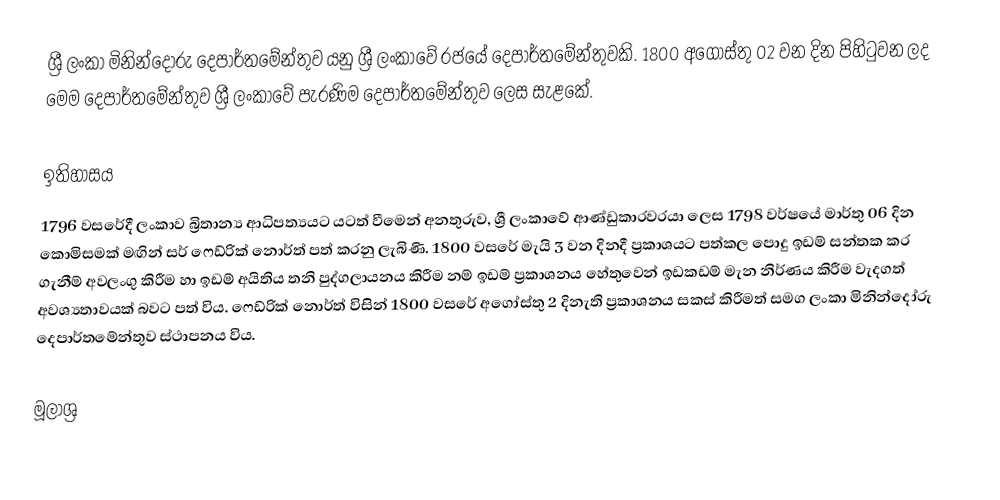
ශ්‍රී ලංකා මිනින්දෝරු දෙපාර්තමේන්තුව යනු ශ්‍රී ලංකාවේ රජයේ දෙපාර්තමේන්තුවකි. 1800 අගෝස්තු 02 වන දින පිහිටුවන ලද මෙම දෙපාර්තමේන්තුව ශ්‍රී ලංකාවේ පැරණිම දෙපාර්තමේන්තුව ලෙස සැළකේ.

ඉතිහාසය
1796 වසරේදී ලංකාව බ්‍රිතාන්‍ය ආධිපත්‍යයට යටත් වීමෙන් අනතුරුව, ශ්‍රී ලංකාවේ ආණ්ඩුකාරවරයා ලෙස 1798 වර්ෂයේ මාර්තු 06 දින කොමිසමක් මඟින් සර් ෆෙඩ්රික් නොර්ත් පත් කරනු ලැබිණි. 1800 වසරේ මැයි 3 වන දිනදී ප්‍රකාශයට පත්කල පොදු ඉඩම් සන්තක කර ගැනීම් අවලංගු කිරීම හා ඉඩම් අයිතිය තනි පුද්ගලායනය කිරීම නම් ඉඩම් ප්‍රකාශනය හේතුවෙන් ඉඩකඩම් මැන නිර්ණය කිරීම වැදගත් අවශ්‍යතාවයක් බවට පත් විය. ෆෙඩ්රික් නොර්ත් විසින් 1800 වසරේ අගෝස්තු 2 දිනැති ප්‍රකාශනය සකස් කිරීමත් සමග ලංකා මිනින්දෝරු දෙපාර්තමේන්තුව ස්ථාපනය විය.

මූලාශ්‍ර